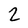
Character: 2